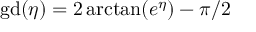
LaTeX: \mathrm { { g d } } ( \eta ) = 2 \arctan ( e ^ { \eta } ) - \pi / 2